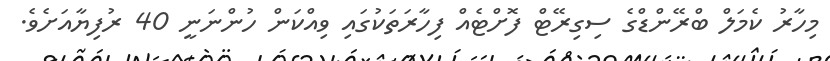
މިހާރު ކެމަލް ބްރޭންޑްގެ ސިގިރޭޓް ފޮށްޓެއް ފިހާރަތަކުގައި ވިއްކަން ހުންނަނީ 40 ރުފިޔާއަށެވެ.